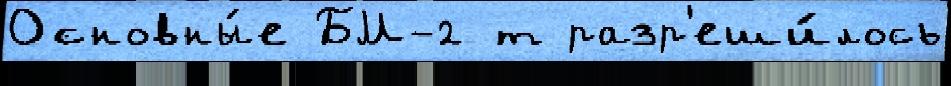
Основны́е БМ-2 т разр'еши́лось